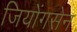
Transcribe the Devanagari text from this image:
जियोंगसेन